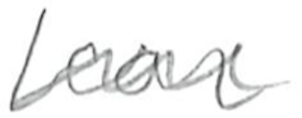
Text: fear
Cross-out: wave
Writing tool: pencil